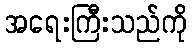
အရေးကြီးသည်ကို